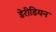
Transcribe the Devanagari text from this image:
डेरीडियन